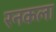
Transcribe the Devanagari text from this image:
रनकला